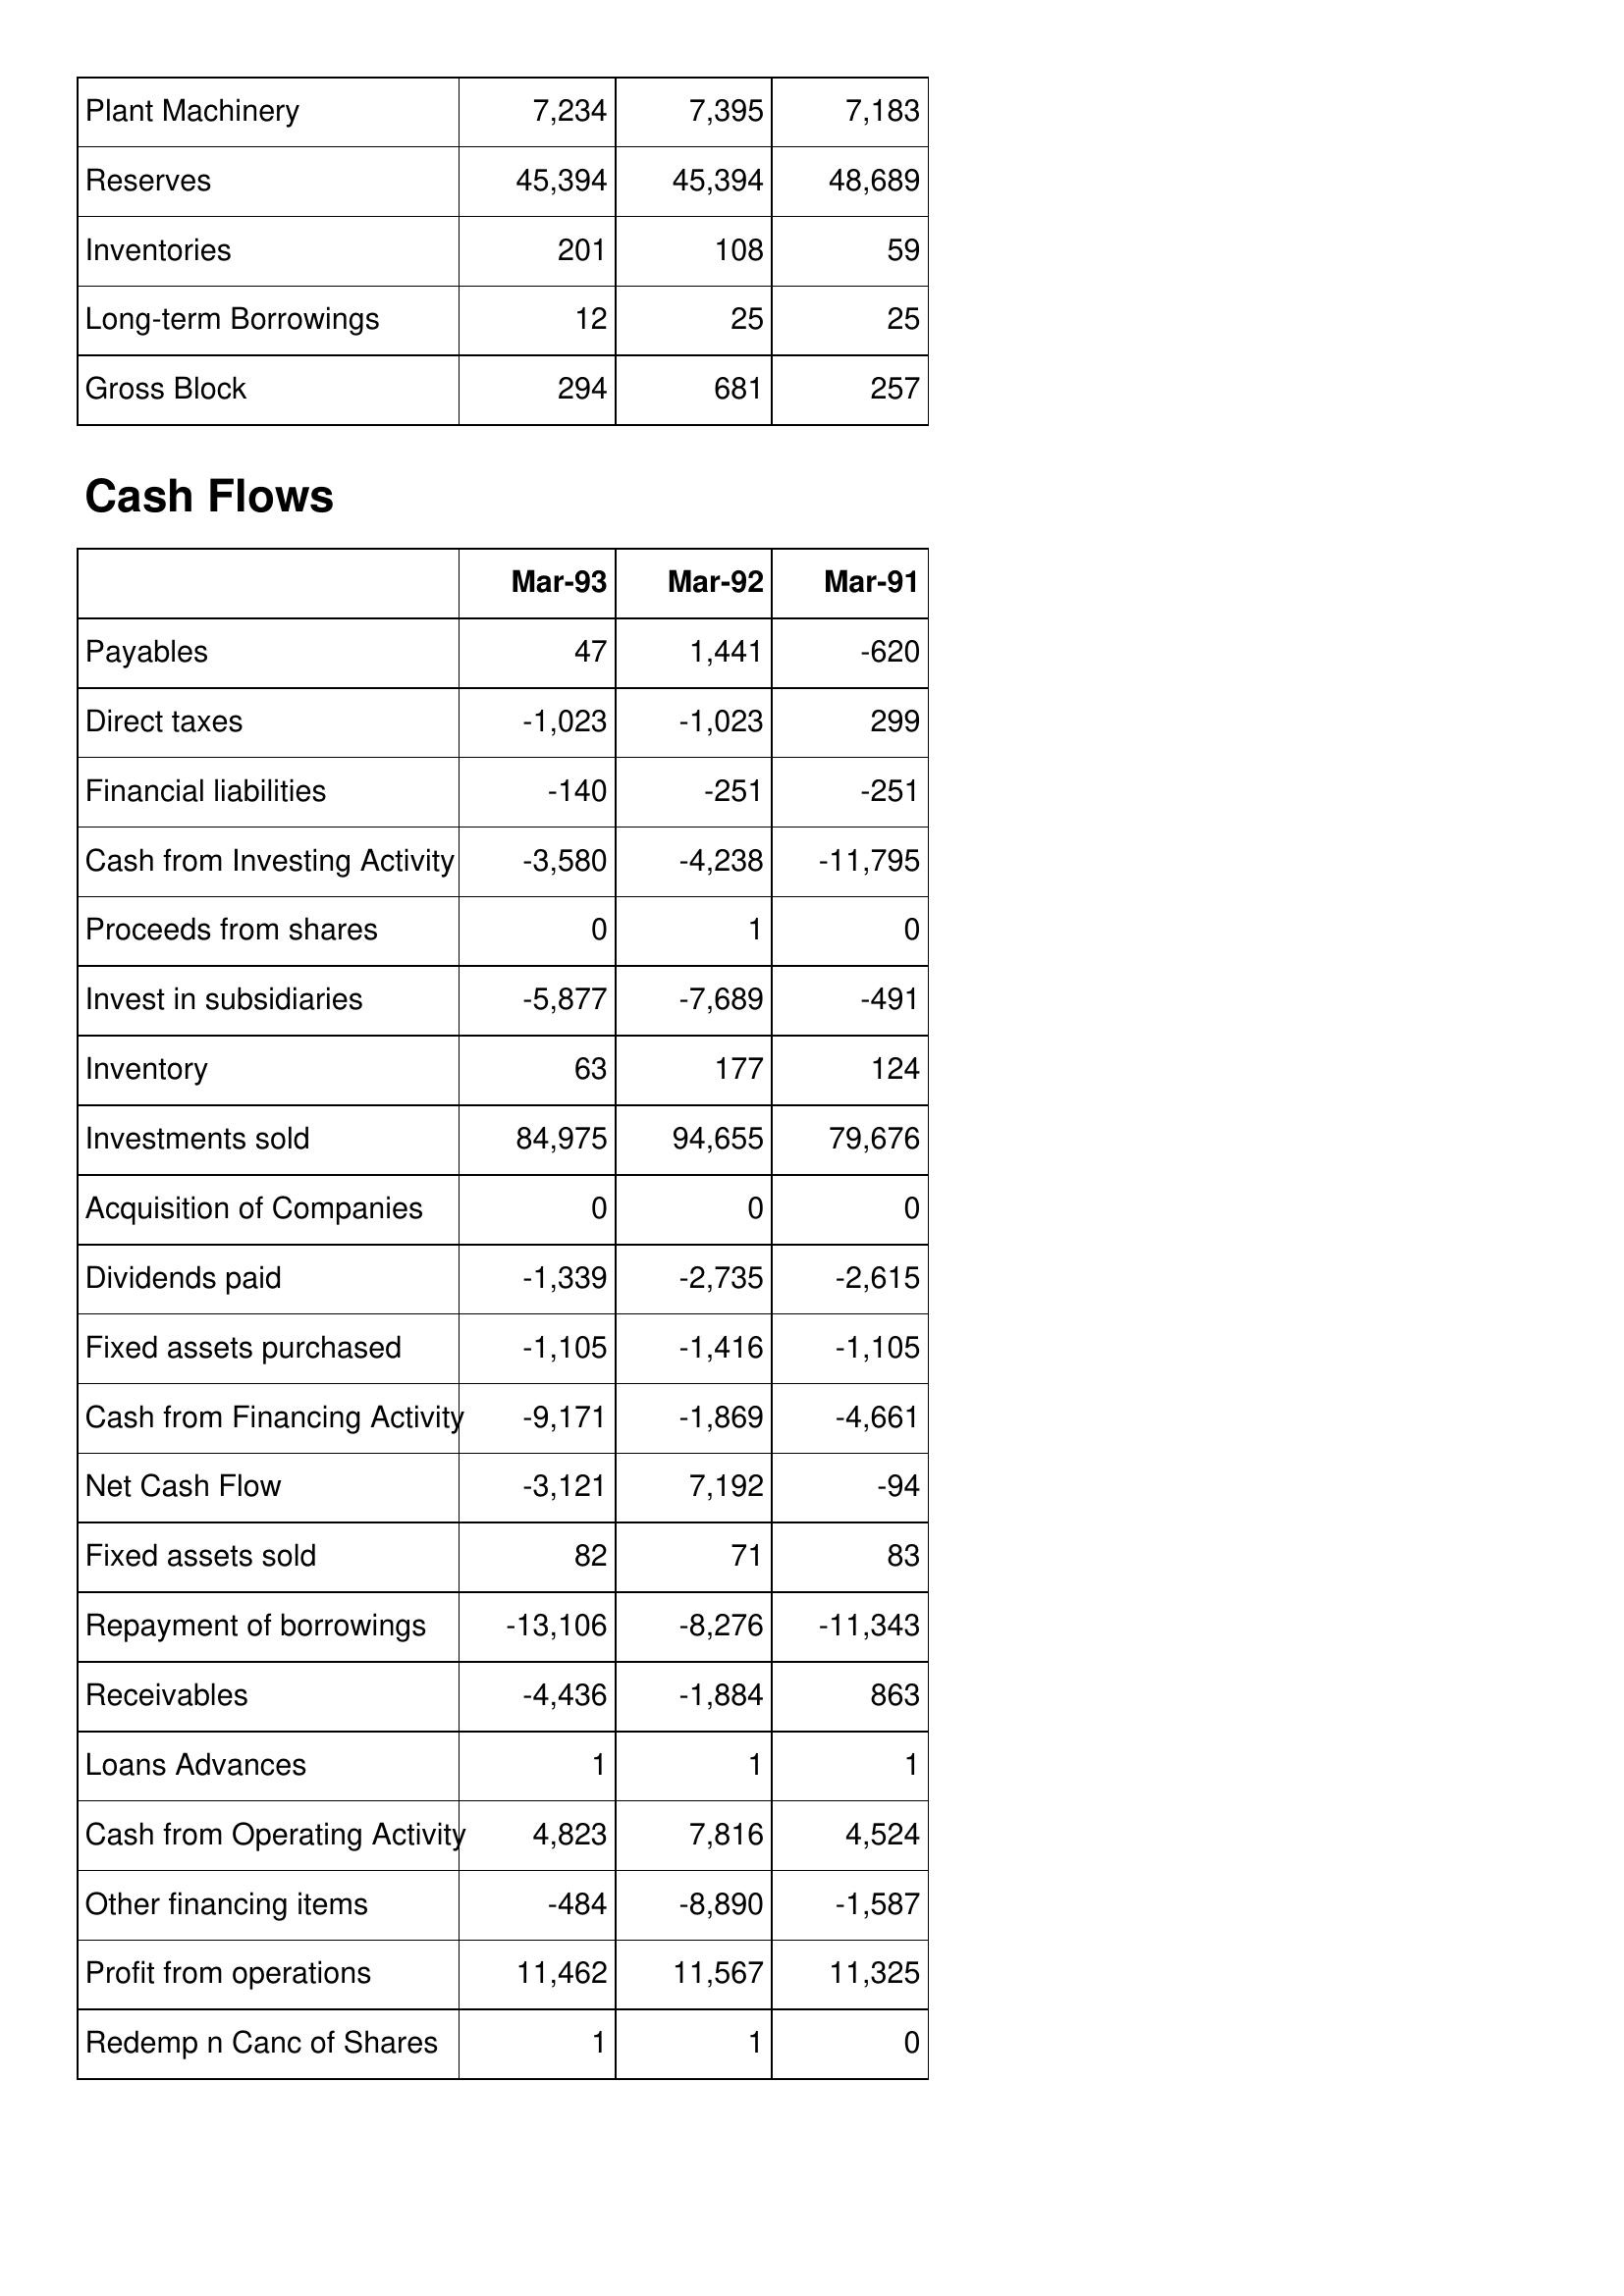
Mar-93: Balance Sheet: Plant Machinery: 7,234
Reserves: 45,394
Inventories: 201
Long-term Borrowings: 12
Gross Block: 294
Cash Flows: Payables: 47
Direct taxes: -1,023
Financial liabilities: -140
Cash from Investing Activity: -3,580
Proceeds from shares: 0
Invest in subsidiaries: -5,877
Inventory: 63
Investments sold: 84,975
Acquisition of Companies: 0
Dividends paid: -1,339
Fixed assets purchased: -1,105
Cash from Financing Activity: -9,171
Net Cash Flow: -3,121
Fixed assets sold: 82
Repayment of borrowings: -13,106
Receivables: -4,436
Loans Advances: 1
Cash from Operating Activity: 4,823
Other financing items: -484
Profit from operations: 11,462
Redemp n Canc of Shares: 1
Mar-92: Balance Sheet: Plant Machinery: 7,395
Reserves: 45,394
Inventories: 108
Long-term Borrowings: 25
Gross Block: 681
Cash Flows: Payables: 1,441
Direct taxes: -1,023
Financial liabilities: -251
Cash from Investing Activity: -4,238
Proceeds from shares: 1
Invest in subsidiaries: -7,689
Inventory: 177
Investments sold: 94,655
Acquisition of Companies: 0
Dividends paid: -2,735
Fixed assets purchased: -1,416
Cash from Financing Activity: -1,869
Net Cash Flow: 7,192
Fixed assets sold: 71
Repayment of borrowings: -8,276
Receivables: -1,884
Loans Advances: 1
Cash from Operating Activity: 7,816
Other financing items: -8,890
Profit from operations: 11,567
Redemp n Canc of Shares: 1
Mar-91: Balance Sheet: Plant Machinery: 7,183
Reserves: 48,689
Inventories: 59
Long-term Borrowings: 25
Gross Block: 257
Cash Flows: Payables: -620
Direct taxes: 299
Financial liabilities: -251
Cash from Investing Activity: -11,795
Proceeds from shares: 0
Invest in subsidiaries: -491
Inventory: 124
Investments sold: 79,676
Acquisition of Companies: 0
Dividends paid: -2,615
Fixed assets purchased: -1,105
Cash from Financing Activity: -4,661
Net Cash Flow: -94
Fixed assets sold: 83
Repayment of borrowings: -11,343
Receivables: 863
Loans Advances: 1
Cash from Operating Activity: 4,524
Other financing items: -1,587
Profit from operations: 11,325
Redemp n Canc of Shares: 0